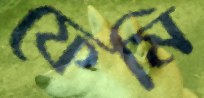
ফেমি